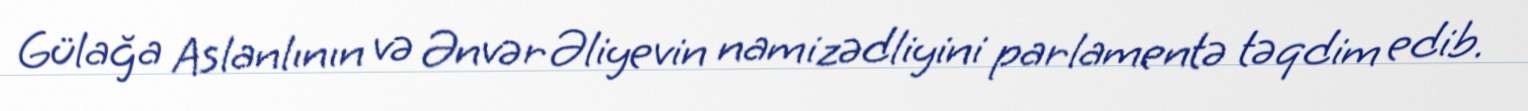
Gülağa Aslanlının və Ənvər Əliyevin namizədliyini parlamentə təqdim edib.